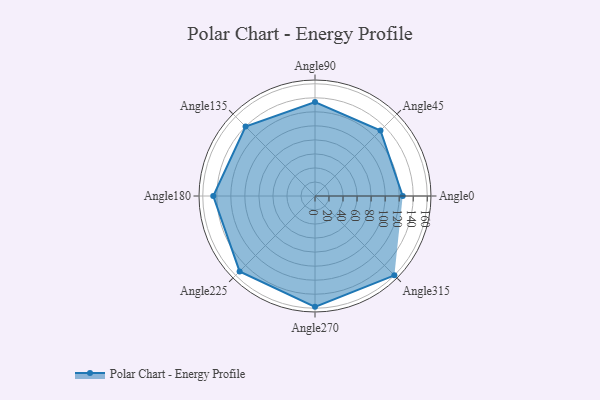
{"axis": {"x": "Angle", "y": "Radius"}, "legend": [""], "data": [{"x": "Angle0", "y": 125.0, "type": ""}, {"x": "Angle45", "y": 132.0, "type": ""}, {"x": "Angle90", "y": 134.0, "type": ""}, {"x": "Angle135", "y": 140.0, "type": ""}, {"x": "Angle180", "y": 145.0, "type": ""}, {"x": "Angle225", "y": 152.0, "type": ""}, {"x": "Angle270", "y": 158.0, "type": ""}, {"x": "Angle315", "y": 160.0, "type": ""}]}